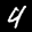
Label: 4